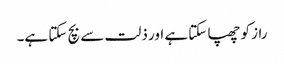
راز کو چھپا سکتا ہے اور ذلت سے بچ سکتا ہے۔